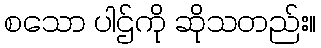
စသော ပါဌ်ကို ဆိုသတည်း။